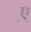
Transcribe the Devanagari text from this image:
ए़